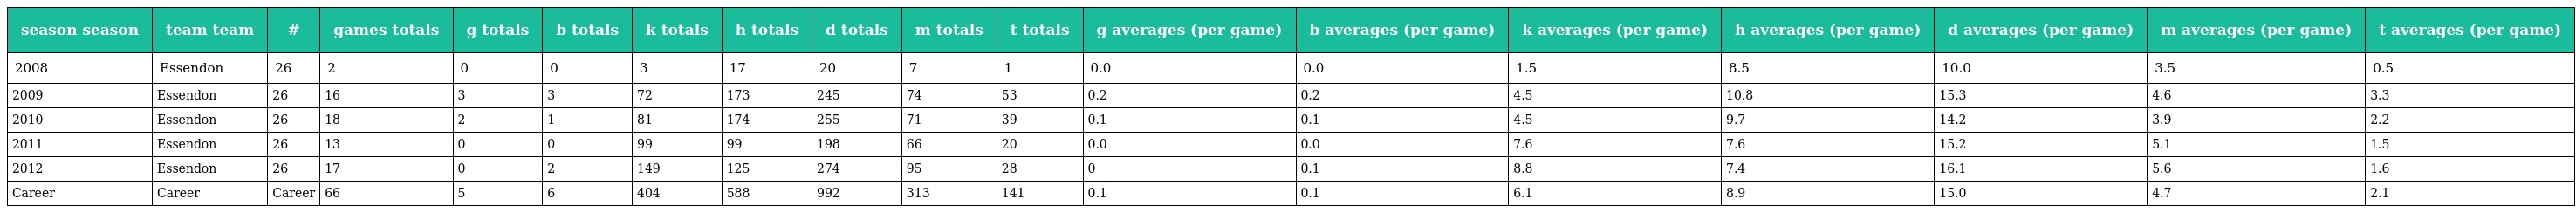
| season season | team team | # | games totals | g totals | b totals | k totals | h totals | d totals | m totals | t totals | g averages (per game) | b averages (per game) | k averages (per game) | h averages (per game) | d averages (per game) | m averages (per game) | t averages (per game) |
 | --- | --- | --- | --- | --- | --- | --- | --- | --- | --- | --- | --- | --- | --- | --- | --- | --- | --- |
 | 2008 | Essendon | 26 | 2 | 0 | 0 | 3 | 17 | 20 | 7 | 1 | 0.0 | 0.0 | 1.5 | 8.5 | 10.0 | 3.5 | 0.5 |
 | 2009 | Essendon | 26 | 16 | 3 | 3 | 72 | 173 | 245 | 74 | 53 | 0.2 | 0.2 | 4.5 | 10.8 | 15.3 | 4.6 | 3.3 |
 | 2010 | Essendon | 26 | 18 | 2 | 1 | 81 | 174 | 255 | 71 | 39 | 0.1 | 0.1 | 4.5 | 9.7 | 14.2 | 3.9 | 2.2 |
 | 2011 | Essendon | 26 | 13 | 0 | 0 | 99 | 99 | 198 | 66 | 20 | 0.0 | 0.0 | 7.6 | 7.6 | 15.2 | 5.1 | 1.5 |
 | 2012 | Essendon | 26 | 17 | 0 | 2 | 149 | 125 | 274 | 95 | 28 | 0 | 0.1 | 8.8 | 7.4 | 16.1 | 5.6 | 1.6 |
 | Career | Career | Career | 66 | 5 | 6 | 404 | 588 | 992 | 313 | 141 | 0.1 | 0.1 | 6.1 | 8.9 | 15.0 | 4.7 | 2.1 |